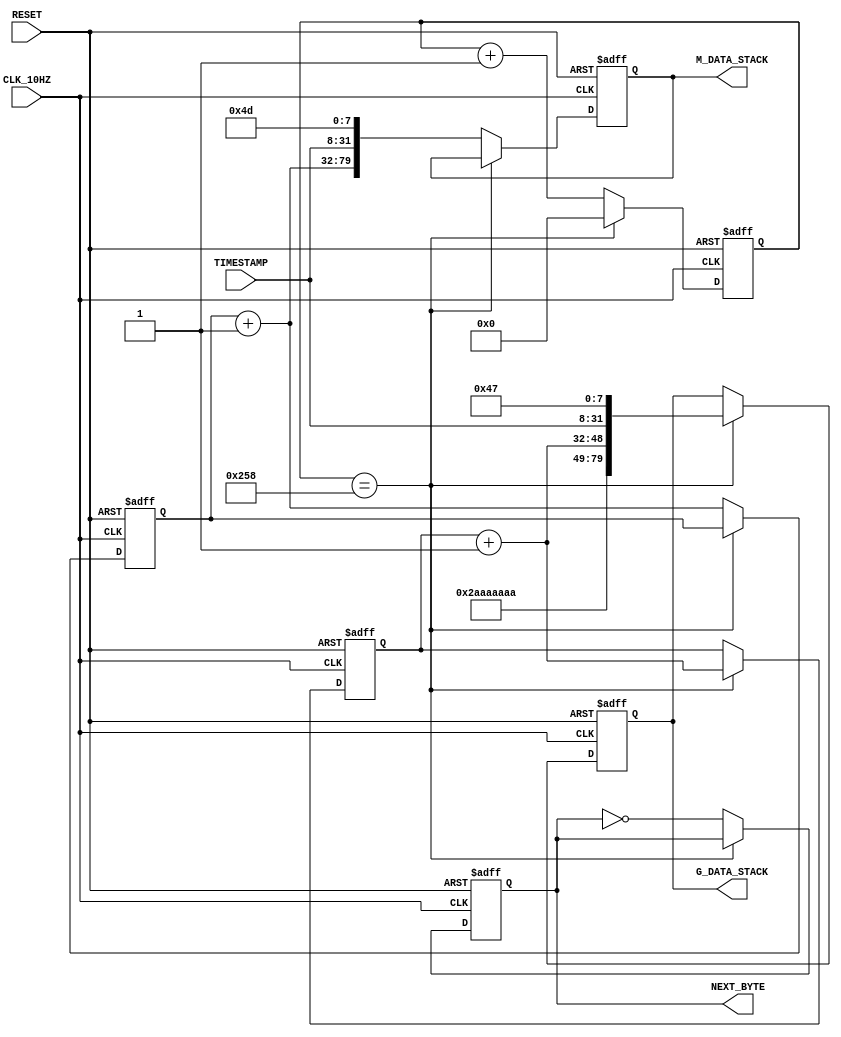
///////////////////////////////////////////////////////////////////////////////////////////////////
// Company: <Name>
//
// File history:
//      <Revision number>: <Date>: <Comments>
//      <Revision number>: <Date>: <Comments>
//      <Revision number>: <Date>: <Comments>
//
// Description: 
//
// <Description here>
//
// Targeted device: <Family::ProASIC3L> <Die::A3PE3000L> <Package::484 FBGA>
//
/////////////////////////////////////////////////////////////////////////////////////////////////// 

//`timescale <time_units> / <precision>

module constant_sensor_data( CLK_10HZ,RESET, TIMESTAMP,G_DATA_STACK, M_DATA_STACK, NEXT_BYTE);
input CLK_10HZ, RESET;
input [23:0] TIMESTAMP;
output [79:0] G_DATA_STACK;
output [79:0] M_DATA_STACK;
output NEXT_BYTE;

parameter [7:0] g_id = 8'h47;
parameter [31:0] g_filler = 32'b10101010101010101010101010101010;
parameter [7:0] m_id = 8'h4d;

reg [9:0] g_counter;
reg [79:0] geiger_stack;
reg [16:0] g_data;

reg [79:0] mag_stack;
reg [47:0] mag_data;

reg next_byte_control;


assign G_DATA_STACK=geiger_stack;
assign M_DATA_STACK = mag_stack;
assign NEXT_BYTE=next_byte_control;


always @(posedge CLK_10HZ or negedge RESET)
begin

if (RESET==1'b0) begin
    geiger_stack=80'b0;
    mag_stack=80'b0;
    g_counter=0;
    g_data=0;
    mag_data=0;
    next_byte_control=1;


end else begin
    if (g_counter==600) begin
        g_data=g_data+1;
        geiger_stack={g_filler,g_data,TIMESTAMP,g_id};
        g_counter=0;
    end else begin
        g_counter=g_counter+1;
        mag_data=mag_data+1;
        mag_stack={mag_data,TIMESTAMP,m_id};
        next_byte_control = !next_byte_control;
    end
        

end


end
endmodule